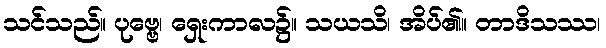
သင်သည်။ ပုဗ္ဗေ၊ ရှေးကာလ၌။ သယသိ၊ အိပ်၏။ တာဒိသဿ၊